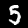
Label: 5